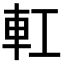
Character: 𨊧